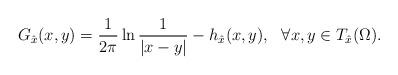
LaTeX: \begin{align*}G_{\hat{x}}(x, y)=\frac{1}{2\pi}\ln\frac{1}{|x-y|}-h_{\hat{x}}(x, y),\ \ \forall x,y\in T_{\hat{x}}(\Omega).\end{align*}